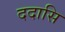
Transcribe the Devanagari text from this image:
ददासि